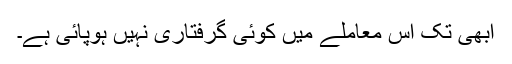
ابھی تک اس معاملے میں کوئی گرفتاری نہیں ہوپائی ہے۔